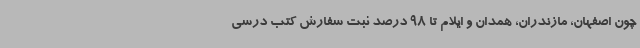
چون اصفهان، مازندران، همدان و ایلام تا 98 درصد ثبت سفارش کتب درسی